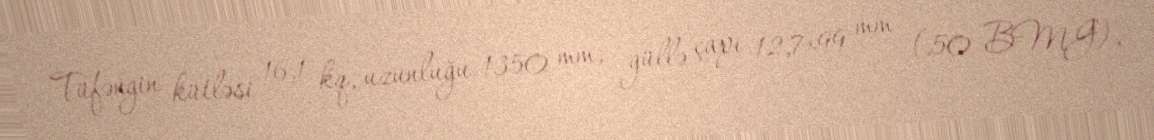
Tüfəngin kütləsi 16,1 kq, uzunluğu 1350 mm, güllə çapı 12,7×99 mm (.50 BMG),